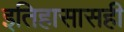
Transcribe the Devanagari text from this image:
इतिहासासही